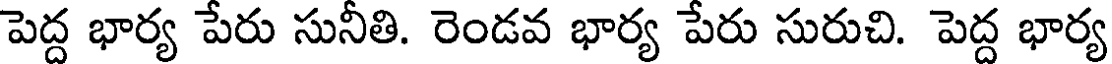
పెద్ద భార్య పేరు సునీతి. రెండవ భార్య పేరు సురుచి. పెద్ద భార్య